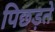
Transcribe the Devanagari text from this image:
पिछड़ते